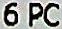
6 PC